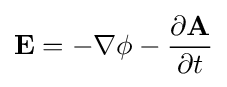
\mathbf {E} =-\nabla \phi -{\frac {\partial \mathbf {A} }{\partial t}}